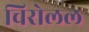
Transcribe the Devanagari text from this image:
चिरोलल